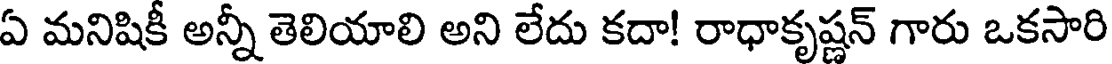
ఏ మనిషికీ అన్నీ తెలియాలి అని లేదు కదా! రాధాకృష్ణన్ గారు ఒకసారి